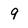
Character: 9